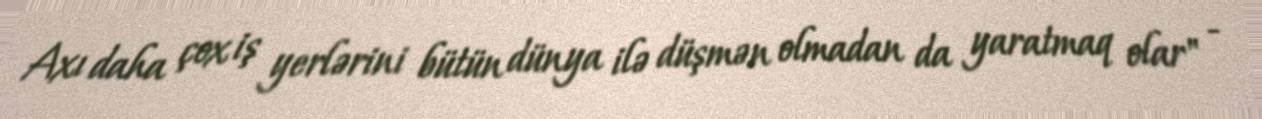
Axı daha çox iş yerlərini bütün dünya ilə düşmən olmadan da yaratmaq olar" -